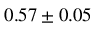
0 . 5 7 \pm 0 . 0 5